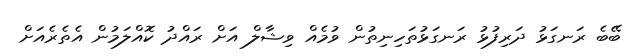
ބޭބެ ރަނގަޅު ދަރިފުޅު ރަނގަޅުތަހިނިތުން ވުމެއް ވިޝާލް އަށް ރައްްދު ކޮއްލަމުން އެތެރެއަށް